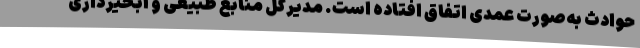
حوادث به‌صورت عمدی اتفاق افتاده است. مدیرکل منابع طبیعی و آبخیزداری